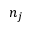
n _ { j }